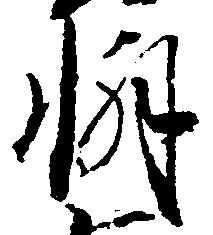
懈